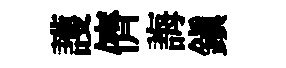
護儕誨鎭